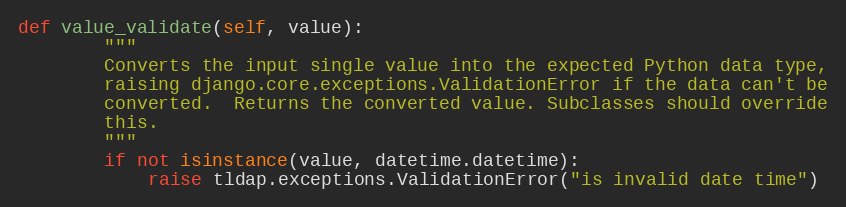
Language: Python
def value_validate(self, value):
        """
        Converts the input single value into the expected Python data type,
        raising django.core.exceptions.ValidationError if the data can't be
        converted.  Returns the converted value. Subclasses should override
        this.
        """
        if not isinstance(value, datetime.datetime):
            raise tldap.exceptions.ValidationError("is invalid date time")